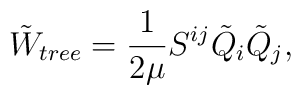
\tilde{W}_{tree}=\frac{1}{2\mu}S^{ij}\tilde{Q}_{i}\tilde{Q}_{j},